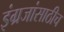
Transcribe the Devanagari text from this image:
इंग्रजांसाठीच